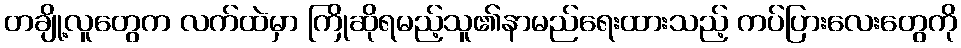
တချို့လူတွေက လက်ထဲမှာ ကြိုဆိုရမည့်သူ၏နာမည်ရေးထားသည့် ကပ်ပြားလေးတွေကို